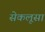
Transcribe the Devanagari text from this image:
सेकलूसा